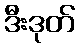
ဒီးဒုတ်